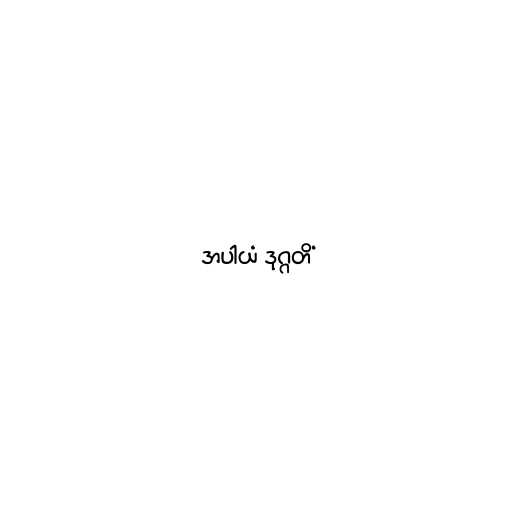
အပါယံ ဒုဂ္ဂတိံ